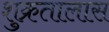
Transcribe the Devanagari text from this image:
शुक्रतालास